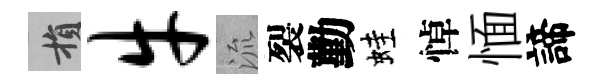
損牛流裂勤蛙悼愐諦